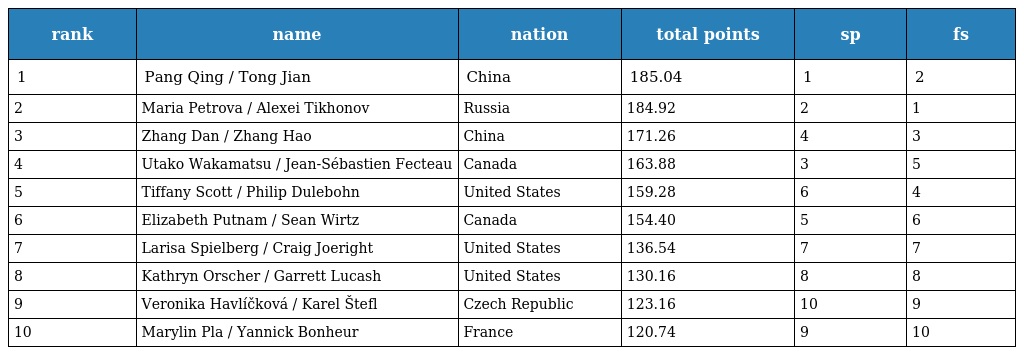
| rank | name | nation | total points | sp | fs |
 | --- | --- | --- | --- | --- | --- |
 | 1 | Pang Qing / Tong Jian | China | 185.04 | 1 | 2 |
 | 2 | Maria Petrova / Alexei Tikhonov | Russia | 184.92 | 2 | 1 |
 | 3 | Zhang Dan / Zhang Hao | China | 171.26 | 4 | 3 |
 | 4 | Utako Wakamatsu / Jean-Sébastien Fecteau | Canada | 163.88 | 3 | 5 |
 | 5 | Tiffany Scott / Philip Dulebohn | United States | 159.28 | 6 | 4 |
 | 6 | Elizabeth Putnam / Sean Wirtz | Canada | 154.40 | 5 | 6 |
 | 7 | Larisa Spielberg / Craig Joeright | United States | 136.54 | 7 | 7 |
 | 8 | Kathryn Orscher / Garrett Lucash | United States | 130.16 | 8 | 8 |
 | 9 | Veronika Havlíčková / Karel Štefl | Czech Republic | 123.16 | 10 | 9 |
 | 10 | Marylin Pla / Yannick Bonheur | France | 120.74 | 9 | 10 |